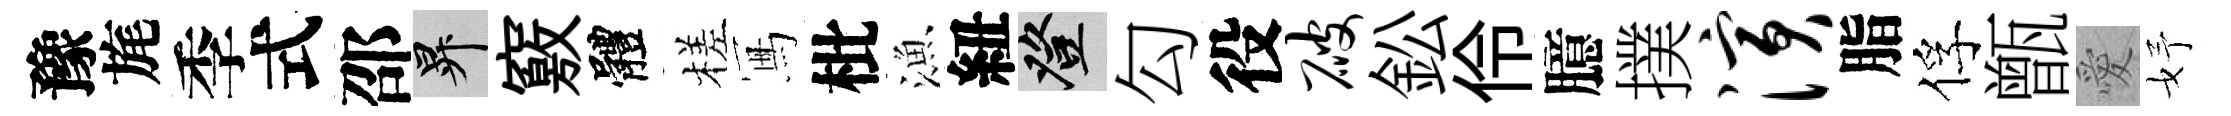
豫旄季式邵升竅體槎冩枇漁紐登勾役破鈆伶臆撲演脂俘甑愛妤